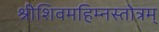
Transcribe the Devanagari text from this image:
श्रीशिवमहिम्नस्तोत्रम्